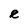
Character: e